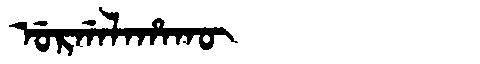
Manchu: ᡠᡵᡤᠠᠯᠠᡥᠠᡴᡡ
Romanization: URGALAHAKŪ